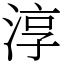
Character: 淳